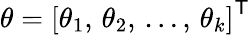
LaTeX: \theta=\left[\theta_{1},\, \theta_{2},\, \ldots,\, \theta_{k}\right]^{\mathsf{T}}